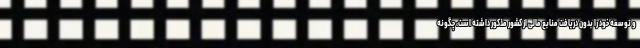
و توسعه خود را بدون دریافت منابع مالی از کشور مذکور داشته است، چگونه